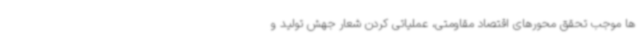
ها موجب تحقق محورهای اقتصاد مقاومتی، عملیاتی کردن شعار جهش تولید و